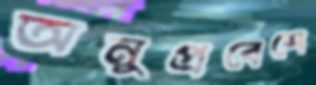
অনুপ্রবেশে